Scottish Leaving Certificate Examination, 1956
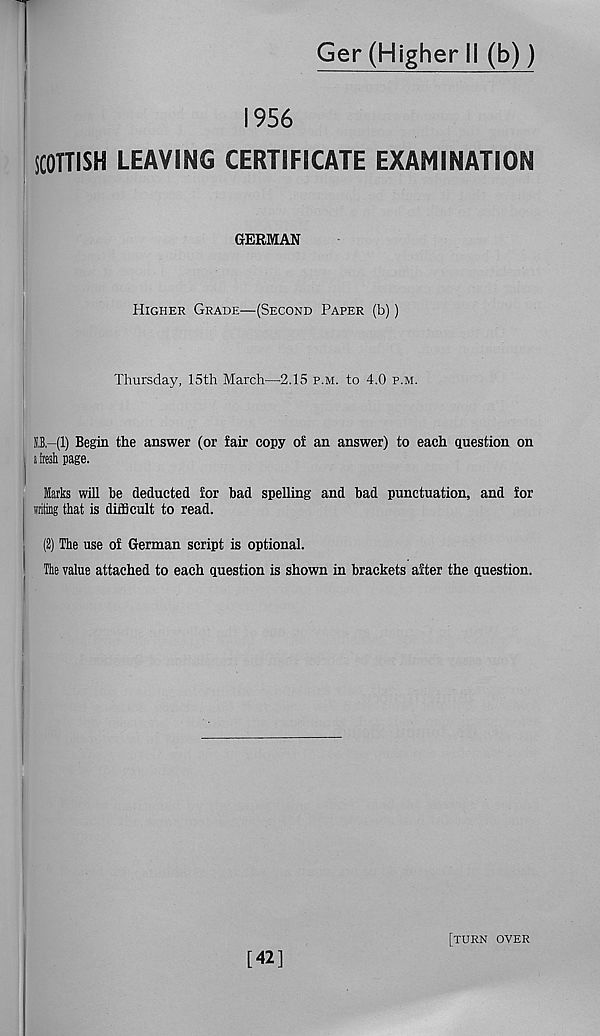
Ger (Higher II (b))
1956
SCOTTISH LEAVING CERTIFICATE EXAMINATION
GERMAN
Higher Grade—(Second Paper (b))
Thursday, 15th March—2.15 p.m. to 4.0 p.m.
S,B.-(1) Begin the answer (or fair copy of an answer) to each question on
j fresh page.
Marks will he deducted for bad spelling and bad punctuation, and for
writing that is difficult to read.
(2) The use of German script is optional.
The value attached to each question is shown in brackets after the question.
[42]
[turn over